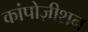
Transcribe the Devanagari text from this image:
कांपोज़ीशन